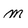
Character: m